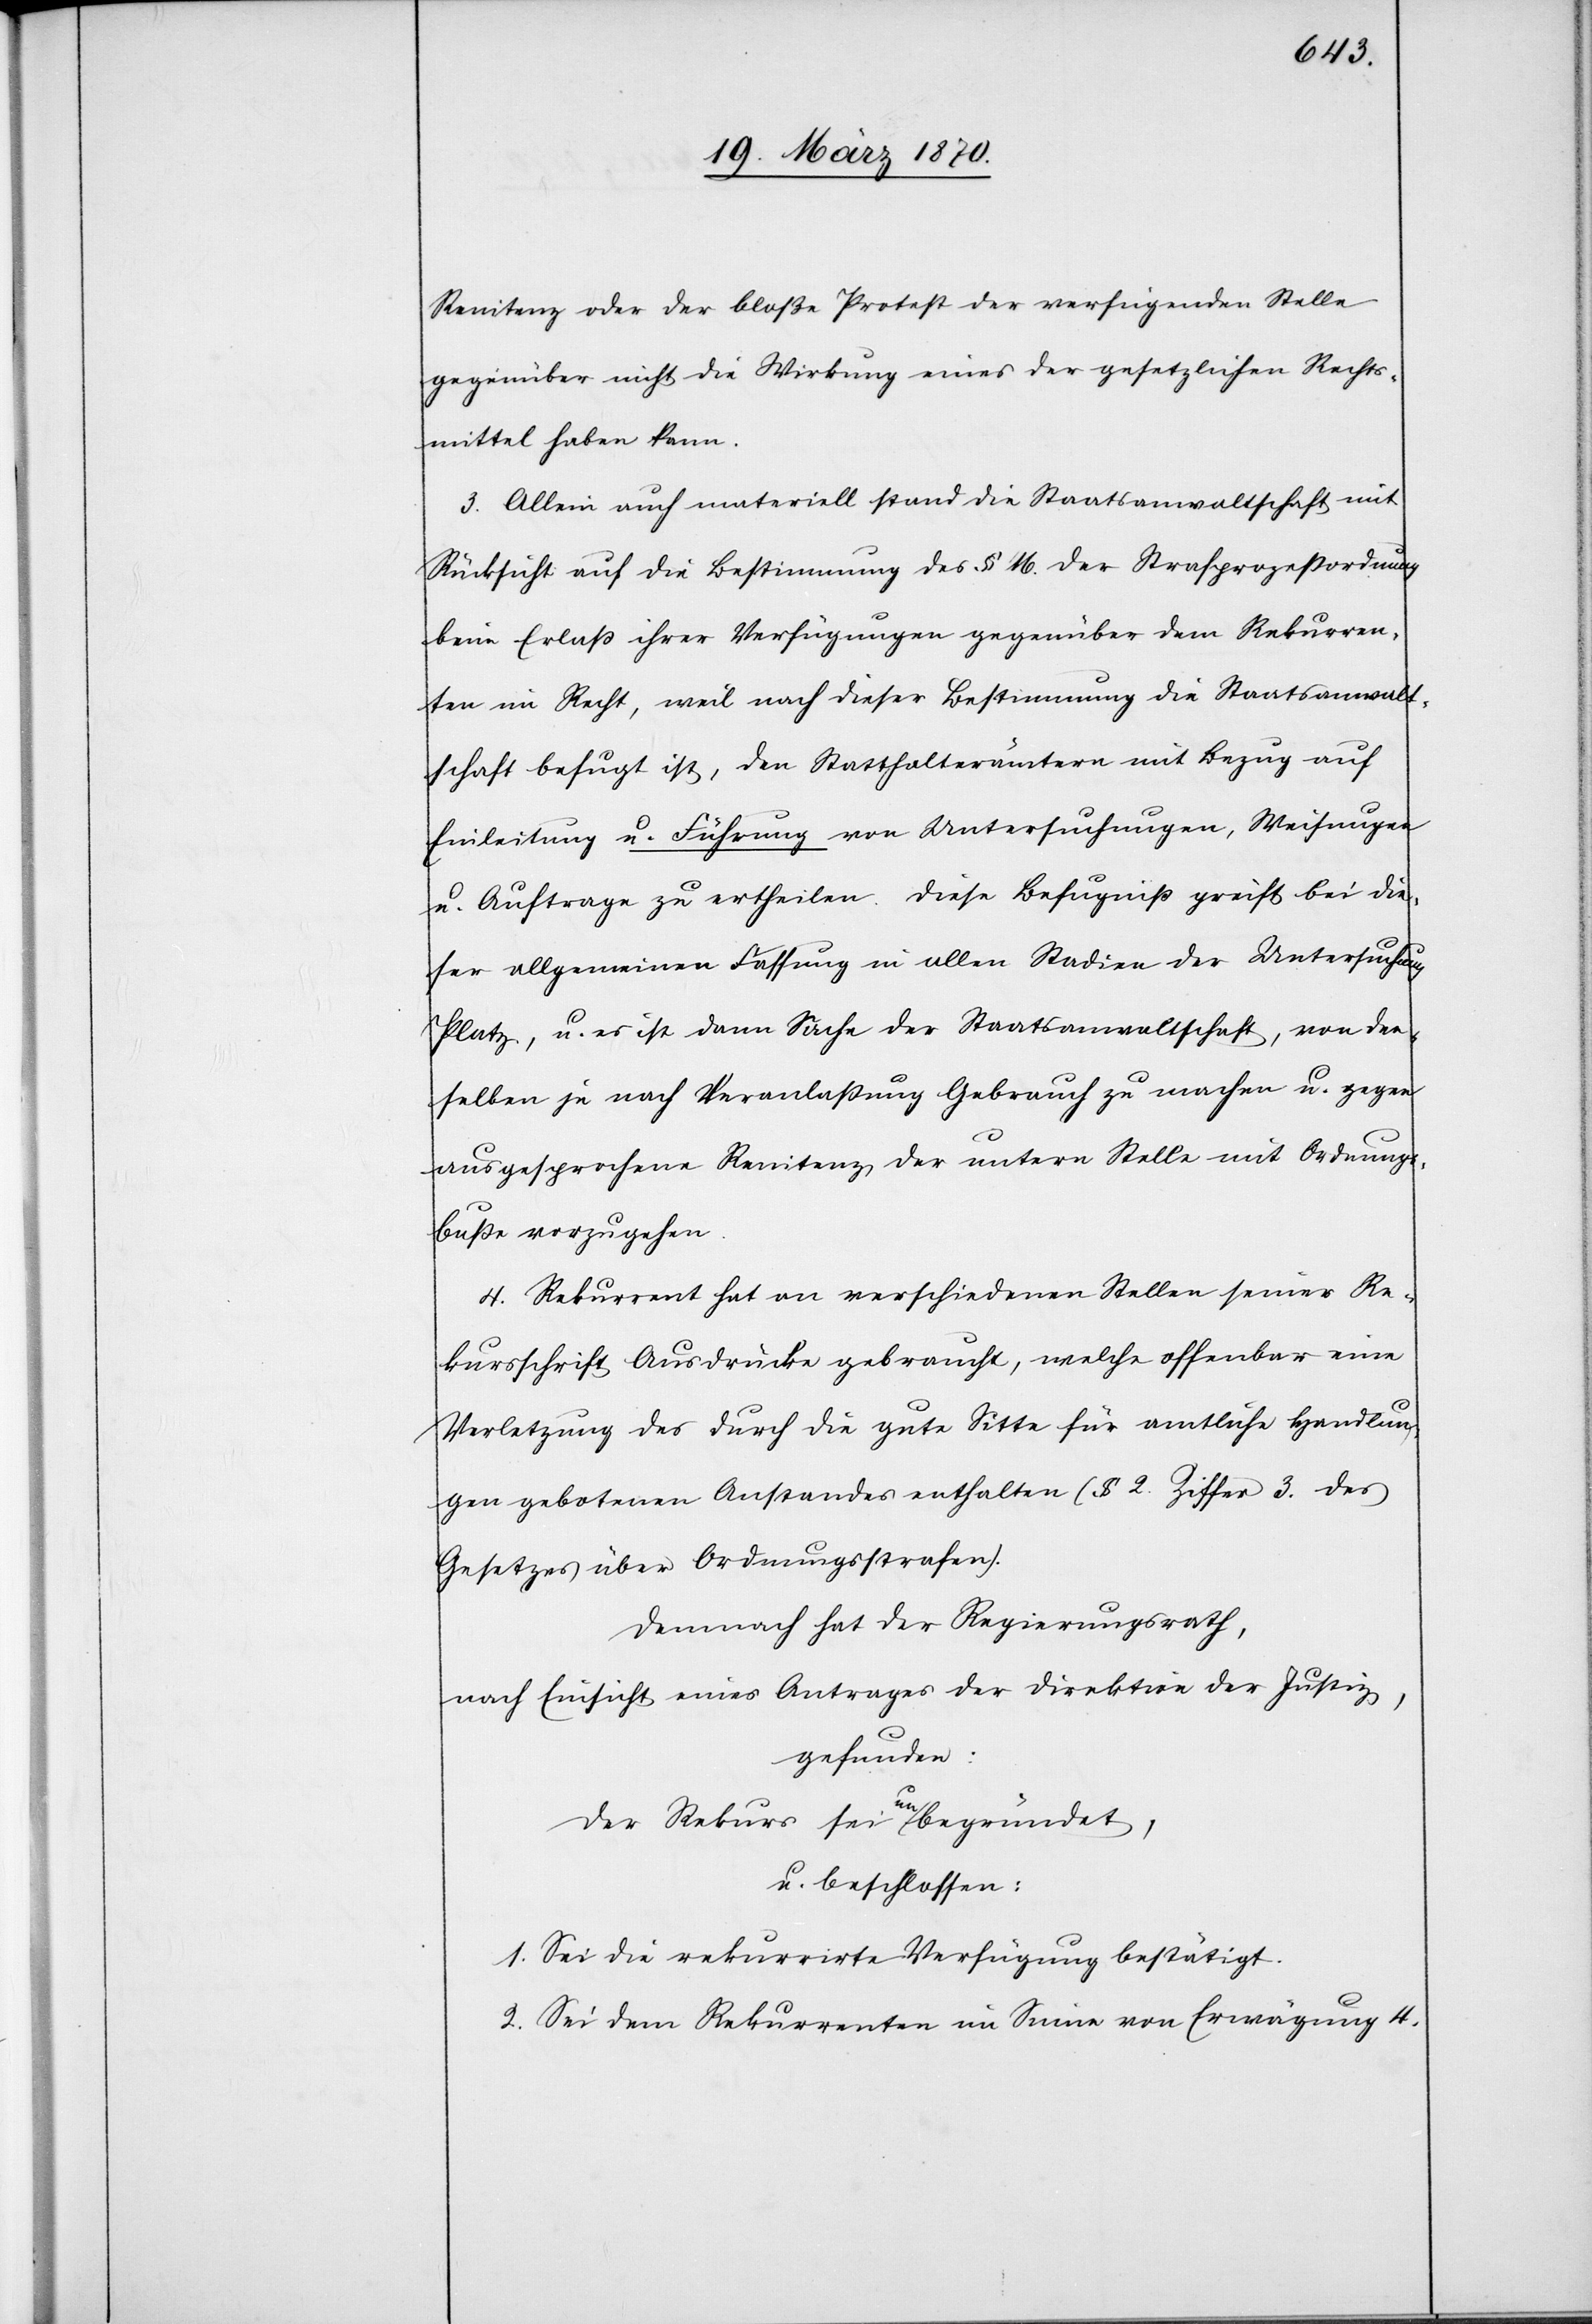
Renitenz oder der bloße Protest der verfügenden Stelle
gegenüber nicht die Wirkung eines der gesetzlichen Rechts¬
mittel haben kann.
3. Allein auch materiell stand die Staatsanwaltschaft mit
Rücksicht auf die Bestimmung des § 16. der Strafprozeßordnung
beim Erlaß ihrer Verfügungen gegenüber dem Rekurren¬
ten im Recht, weil nach dieser Bestimmung die Staatsanwalt¬
schaft befugt ist, den Statthalterämtern mit Bezug auf
Einleitung u. Führung von Untersuchungen, Weisungen
u. Auftrage [sic!] zu ertheilen. Diese Befugniß greift bei die¬
ser allgemeinen Fassung in allen Stadien der Untersuchung
Platz, u. es ist dann Sache der Staatsanwaltschaft, von der¬
selben je nach Veranlaßung Gebrauch zu machen u. gegen
ausgesprochene Renitenz der untern Stelle mit Ordnung¬
sbuße vorzugehen.
4. Rekurrent hat an verschiedenen Stellen seiner Re¬
kursschrift Ausdrücke gebraucht, welche offenbar eine
Verletzung des durch die gute Sitte für amtliche Handlun¬
gen gebotenen Anstandes enthalten (§ 2. Ziffer 3. des
Gesetzes über Ordnungsstrafen).
Demnach hat der Regierungsrath,
nach Einsicht eines Antrages der Direktion der Justiz,
gefunden:
der Rekurs sei a-un-abegründet,
u. beschlossen:
1. Sei die rekurrirte Verfügung bestätigt.
2. Sei dem Rekurrenten im Sinne von Erwägung 4.